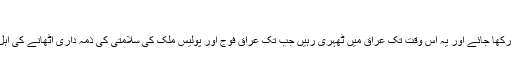
ثابت قدم رہنا:
ج: امریکی افواج کی موجودہ سطح کو برقرار رکھا جائے اور یہ اس وقت تک عراق میں ٹھہری رہیں جب تک عراق فوج اور پولیس ملک کی سلامتی کی ذمہ داری اٹھانے کی اہل اور پھر اس کے لیے آمادہ نہیں ہو جاتی ہے۔